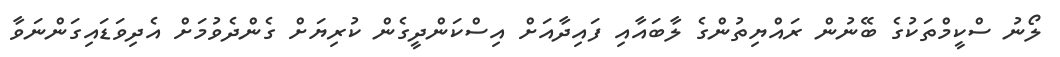
ލޯނު ސްކީމްތަކުގެ ބޭނުން ރައްޔިތުންގެ ލާބައާއި ފައިދާއަށް އިސްކަންދީގެން ކުރިޔަށް ގެންދެވުމަށް އެދިވަޑައިގަންނަވާ